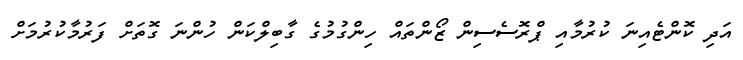
އަދި ކޮންޓެއިނަ ކުރުމާއި ޕްރޮސެސިން ޒޯންތައް ހިންގުމުގެ ގާބިލްކަން ހުންނަ ގޮތަށް ފަރުމާކުރުމަށް